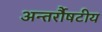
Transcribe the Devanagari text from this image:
अन्तर्रौषटीय